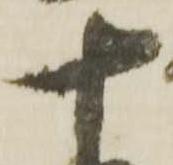
十